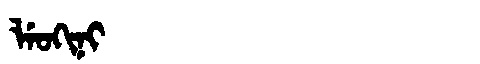
Manchu: ᠯᡝᠣᡴᡳᠨᡳ
Romanization: LEOKINI